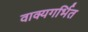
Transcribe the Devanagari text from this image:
वाक्यगर्भित